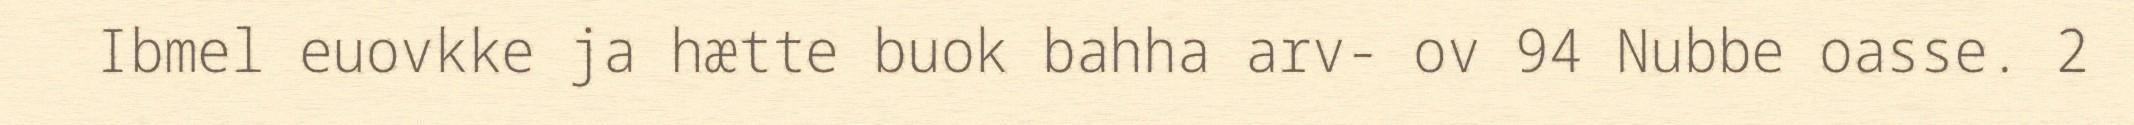
Ibmel euovkke ja hætte buok bahha arv- ov 94 Nubbe oasse. 2